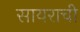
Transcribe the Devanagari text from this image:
सायराची